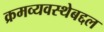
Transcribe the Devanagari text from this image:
क्रमव्यवस्थेबद्दल